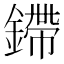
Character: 𫒿